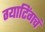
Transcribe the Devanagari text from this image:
ग्याटिंगचं